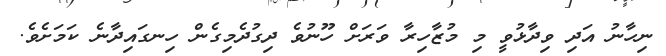
ނިހާނު އަދި ވިދާޅުވީ މި މުޒާހިރާ ވަރަށް ހޫނުވެ ދިގުދެމިގެން ހިނގައިދާނެ ކަމަށެވެ.